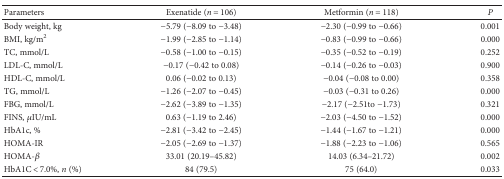
| Parameters | Exenatide (n = 106) | Metformin (n = 118) | P |
 | --- | --- | --- | --- |
 | Body weight, kg | −5.79 (−8.09 to −3.48) | −2.30 (−0.99 to −0.66) | 0.001 |
 | BMI, kg/m2 | −1.99 (−2.85 to −1.14) | −0.83 (−0.99 to −0.66) | 0.000 |
 | TC, mmol/L | −0.58 (−1.00 to −0.15) | −0.35 (−0.52 to −0.19) | 0.252 |
 | LDL-C, mmol/L | −0.17 (−0.42 to 0.08) | −0.14 (−0.26 to −0.03) | 0.900 |
 | HDL-C, mmol/L | 0.06 (−0.02 to 0.13) | −0.04 (−0.08 to 0.00) | 0.358 |
 | TG, mmol/L | −1.26 (−2.07 to −0.45) | −0.03 (−0.31 to 0.26) | 0.000 |
 | FBG, mmol/L | −2.62 (−3.89 to −1.35) | −2.17 (−2.51to −1.73) | 0.321 |
 | FINS, μIU/mL | 0.63 (−1.19 to 2.46) | −2.03 (−4.50 to −1.52) | 0.000 |
 | HbA1c, % | −2.81 (−3.42 to −2.45) | −1.44 (−1.67 to −1.21) | 0.000 |
 | HOMA-IR | −2.05 (−2.69 to −1.37) | −1.88 (−2.23 to −1.06) | 0.565 |
 | HOMA-β | 33.01 (20.19–45.82) | 14.03 (6.34–21.72) | 0.002 |
 | HbA1C < 7.0%, n (%) | 84 (79.5) | 75 (64.0) | 0.033 |